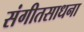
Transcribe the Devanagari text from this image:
संगीतसाधना